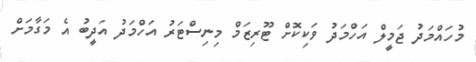
މުހައްމަދު ޖަމީލް އަހްމަދު ވަކިކޮށް ޓޫރިޒަމް މިނިސްޓަރު އަހްމަދު އަދީބު އެ މަގާމަށް